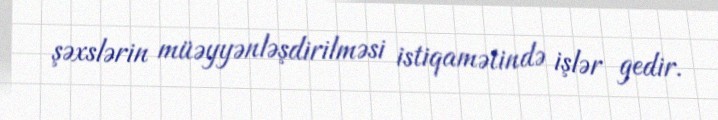
şəxslərin müəyyənləşdirilməsi istiqamətində işlər gedir.